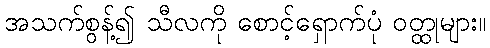
အသက်စွန့်၍ သီလကို စောင့်ရှောက်ပုံ ဝတ္ထုများ။